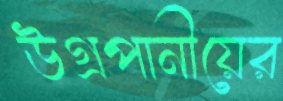
উগ্রপানীয়ের